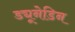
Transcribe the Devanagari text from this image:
ड्यूनेडिन